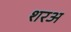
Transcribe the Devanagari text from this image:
शरअ